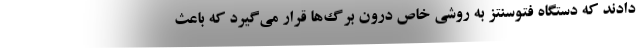
دادند که دستگاه فتوسنتز به روشی خاص درون برگ‌ها قرار می‌گیرد که باعث